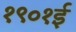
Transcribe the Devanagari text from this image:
१९०१ई